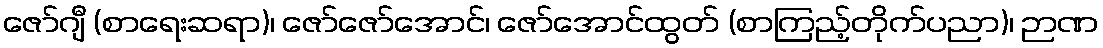
ဇော်ဂျီ (စာရေးဆရာ)၊ ဇော်ဇော်အောင်၊ ဇော်အောင်ထွတ် (စာကြည့်တိုက်ပညာ)၊ ဉာဏ